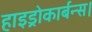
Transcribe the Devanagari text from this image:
हाइड्रोकार्बन्स।